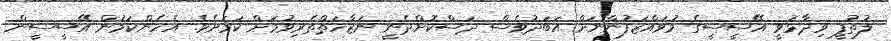
ލުތުފީ ވިދާޅުވީ އޭސީސީގެ މުވައްޒަފުންނަށް އަބަދުވެސް ދަސްކޮށްދެނީ ނަޒާހަތްތެރިވުމަށް ކަމަށެވެ. އެހެންކަމުން އޭސީސީން